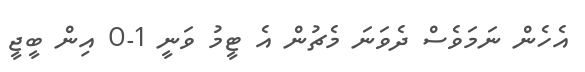
އެހެން ނަމަވެސް ދެވަނަ މެޗުން އެ ޓީމު ވަނީ 1-0 އިން ބީޖީ